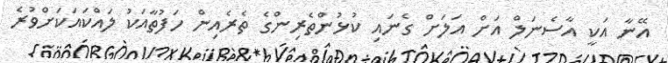
އޭނާ އަކީ އާސެނަލް އަށް އަލަށް ގެނައި ކުޅުންތެރިންގެ ތެރެއިން ހަފުތާއަކު ލައްކައަކަށްވުރެ